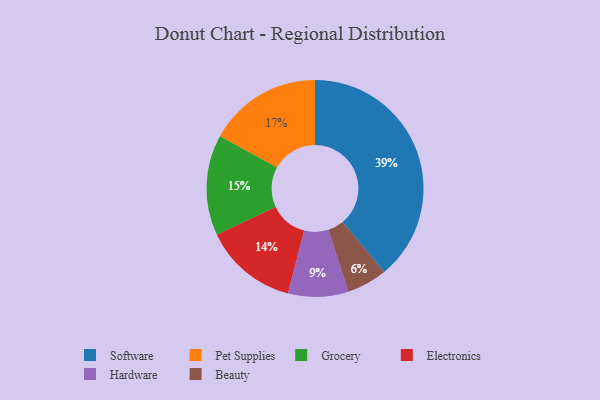
{"axis": {"x": "Category", "y": "Percentage"}, "legend": ["Beauty", "Electronics", "Grocery", "Hardware", "Pet Supplies", "Software"], "data": [{"x": "Beauty", "y": 6, "type": "Beauty"}, {"x": "Grocery", "y": 15, "type": "Grocery"}, {"x": "Pet Supplies", "y": 17, "type": "Pet Supplies"}, {"x": "Hardware", "y": 9, "type": "Hardware"}, {"x": "Electronics", "y": 14, "type": "Electronics"}, {"x": "Software", "y": 39, "type": "Software"}]}